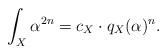
LaTeX: \begin{align*} \int_X \alpha^{2n}=c_X\cdot q_X(\alpha)^n. \end{align*}